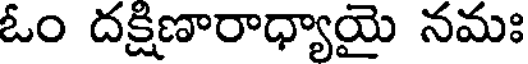
ఓం దక్షిణారాధ్యాయై నమః